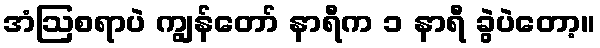
အံဩစရာပဲ ကျွန်တော် နာရီက ၁ နာရီ ခွဲပဲတော့။